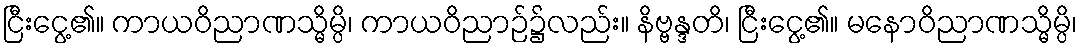
ငြီးငွေ့၏။ ကာယဝိညာဏသ္မိမ္ပိ၊ ကာယဝိညာဉ်၌လည်း။ နိဗ္ဗန္ဒတိ၊ ငြီးငွေ့၏။ မနောဝိညာဏသ္မိမ္ပိ၊